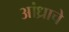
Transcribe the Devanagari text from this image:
आंध्राचे